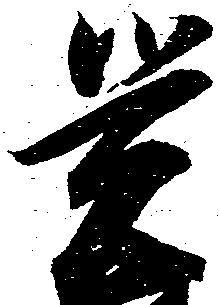
覚